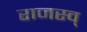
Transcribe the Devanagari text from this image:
राजस्व्